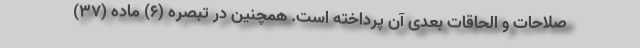
صلاحات و الحاقات بعدی آن پرداخته است. همچنین در تبصره (6) ماده (37)